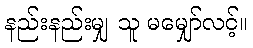
နည်းနည်းမျှ သူ မမျှော်လင့်။